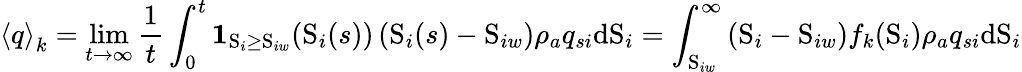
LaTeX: \left\langle q\right\rangle_{k}=\operatorname*{lim}_{t\rightarrow\infty}\frac{1}{t}\int_{0}^{t}\mathbf{1}_{\mathrm{S}_{i}\geq\mathrm{S}_{iw}}(\mathrm{S}_{i}(s))\left(\mathrm{S}_{i}(s)-\mathrm{S}_{iw}\right)\rho_{a}q_{si}\mathrm{d}\mathrm{S}_{i}=\int_{\mathrm{S}_{iw}}^{\infty}\left(\mathrm{S}_{i}-\mathrm{S}_{iw}\right)f_{k}(\mathrm{S}_{i})\rho_{a}q_{si}\mathrm{d}\mathrm{S}_{i}